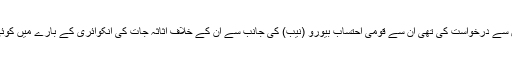
پریس کانفرنس کے موقع پر وفاقی وزیر کے ہمراہ عہدیداروں سے صحافیوں سے درخواست کی تھی ان سے قومی احتساب بیورو (نیب) کی جانب سے ان کے خلاف اثاثہ جات کی انکوائری کے بارے میں کوئی بات نہ کی جائے تاہم اس کے باوجود ان سے اس سلسلے میں سوال کیا گیا۔